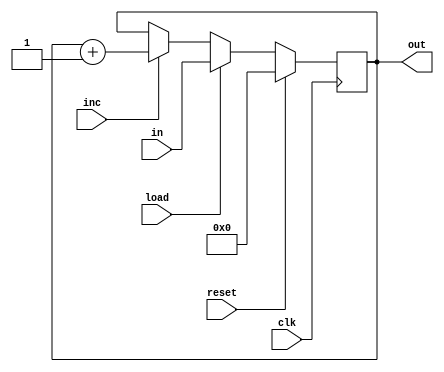
`timescale 1ns / 1ps
module PC_behavioural(input [14:0] in,
    input inc,load,reset,clk,
    output reg [14:0] out);

    always@(posedge clk) begin
        if(reset)
            out='b0;
        else begin
            if(load)
                out=in;
            else if(inc)
                out=out + 1'b1;
        end
    end
    
endmodule